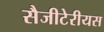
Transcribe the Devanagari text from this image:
सैजीटेरीयस